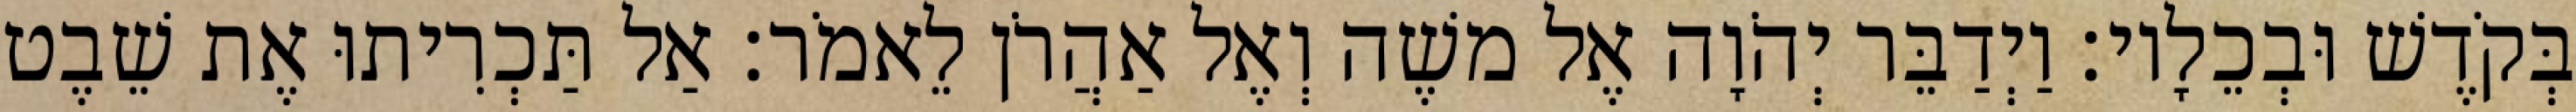
בְּקֹדֶשׁ וּבְכֵלָיו׃ וַיְדַבֵּר יְהֹוָה אֶל משֶׁה וְאֶל אַהֲרֹן לֵאמֹר׃ אַל תַּכְרִיתוּ אֶת שֵׁבֶט